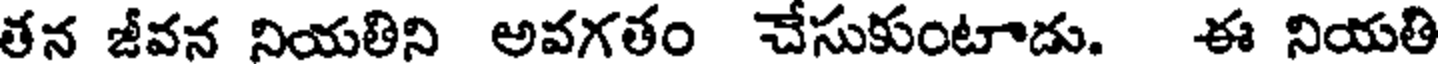
తన జీవన నియతిని అవగతం చేసుకుంటాదు. ఈ నియతి